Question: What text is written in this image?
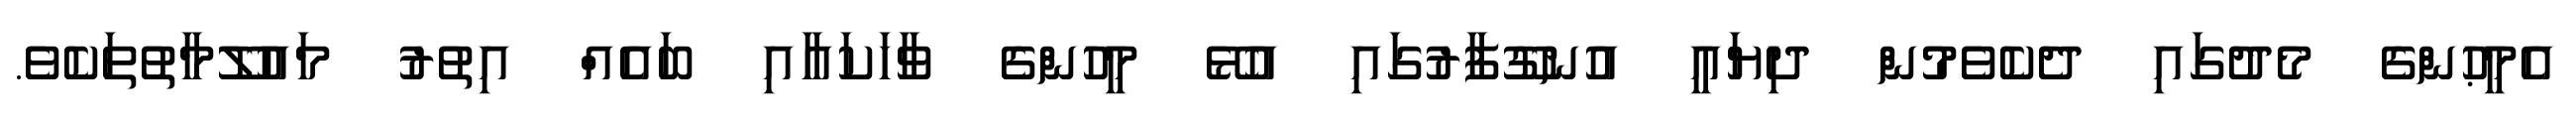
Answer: އެމީޙުންގެ މެދުގައި ދެކެވެމުން ދިޔައީ އުނގޫފާރުގައި އުޅޭ މީހުންގެ ވާހަކައާއި ބައެއް އިތުރު މައުލޫމާތުތަކެވެ.